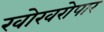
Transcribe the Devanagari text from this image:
खोखरोपार